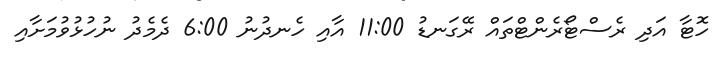
ހޮޓާ އަދި ރެސްޓޯރެންޓްތައް ރޭގަނޑު 11:00 އާއި ހެނދުނު 6:00 ދެމެދު ނުހުޅުވުމަށާއި